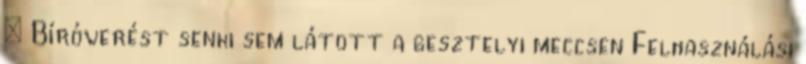
– Bíróverést senki sem látott a gesztelyi meccsen Felhasználási